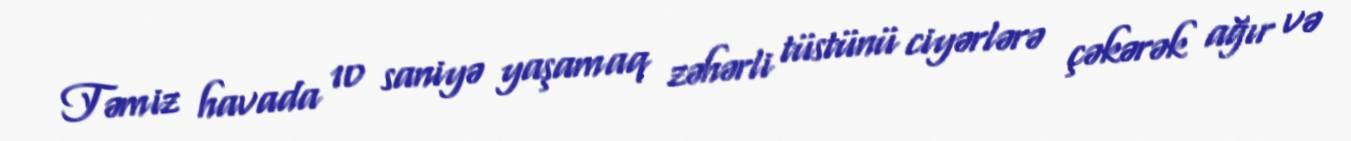
Təmiz havada 10 saniyə yaşamaq zəhərli tüstünü ciyərlərə çəkərək ağır və